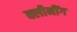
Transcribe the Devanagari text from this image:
क्लीनींग